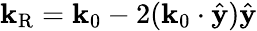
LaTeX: \mathbf{k}_{\mathrm{R}}=\mathbf{k}_{0}-2(\mathbf{k}_{0}\cdot\hat{\mathbf{y}})\hat{\mathbf{y}}